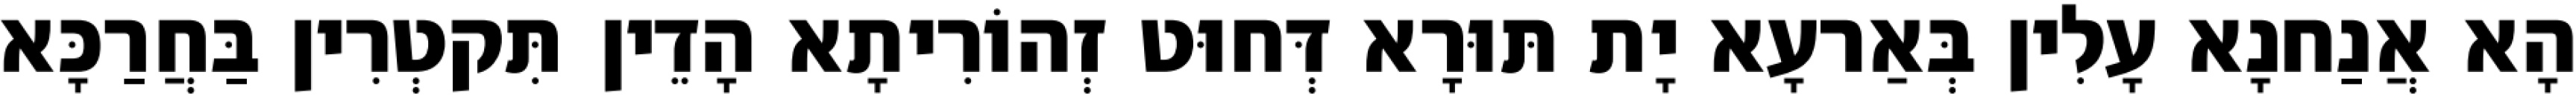
הָא אֲנַחנָא עָלִין בְּאַרעָא יָת תּוּרָא דְּחוּט זְהוֹרִיתָא הָדֵין תִּקטְרִין בַּחֲרַכָּא